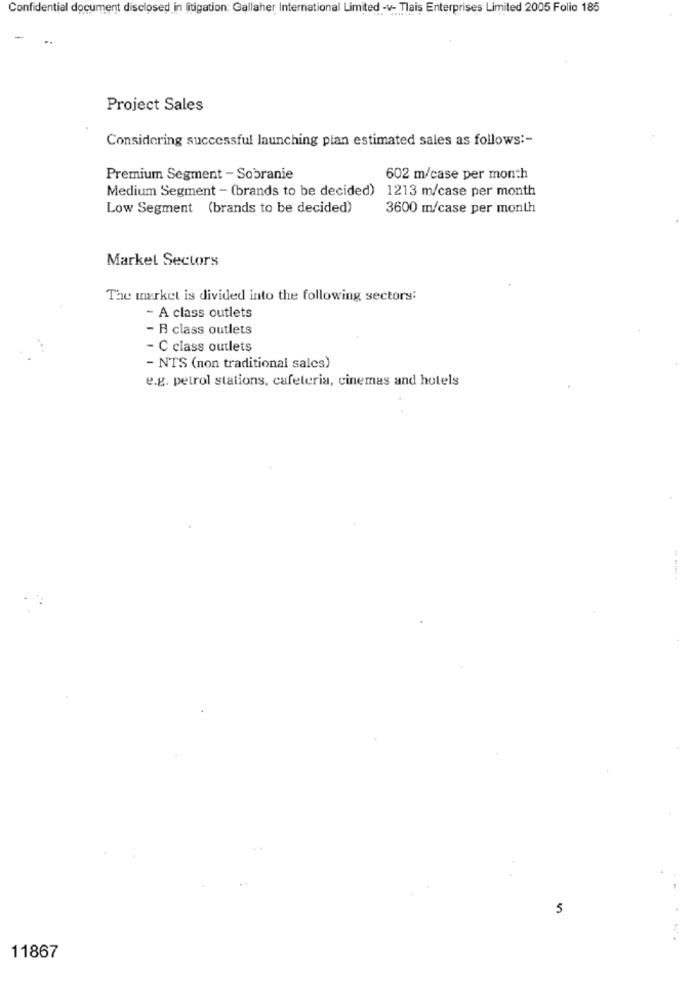
Confidential document disclosed in litigation: Gallaher International Limited -v- Tlais Enterprises Limited 2005 Folio 185
..
Project Sales
Considering successful launching plan estimated sales as follows :-
Premium Segment - Sobranie
602 m/case per month
Medium Segment - (brands to be decided) 1213 m/case per month
Low Segment (brands to be decided)
3600 m/case per month
Market Sectors
The market is divided into the following sectors:
- A class outlets
- B class outlets
- C class outlets
- NTS (non traditional sales)
e.g. petrol stations, cafeteria, cinemas and hotels
5
11867